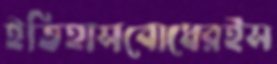
ইতিহাসবোধেরইস